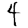
Digit: 4